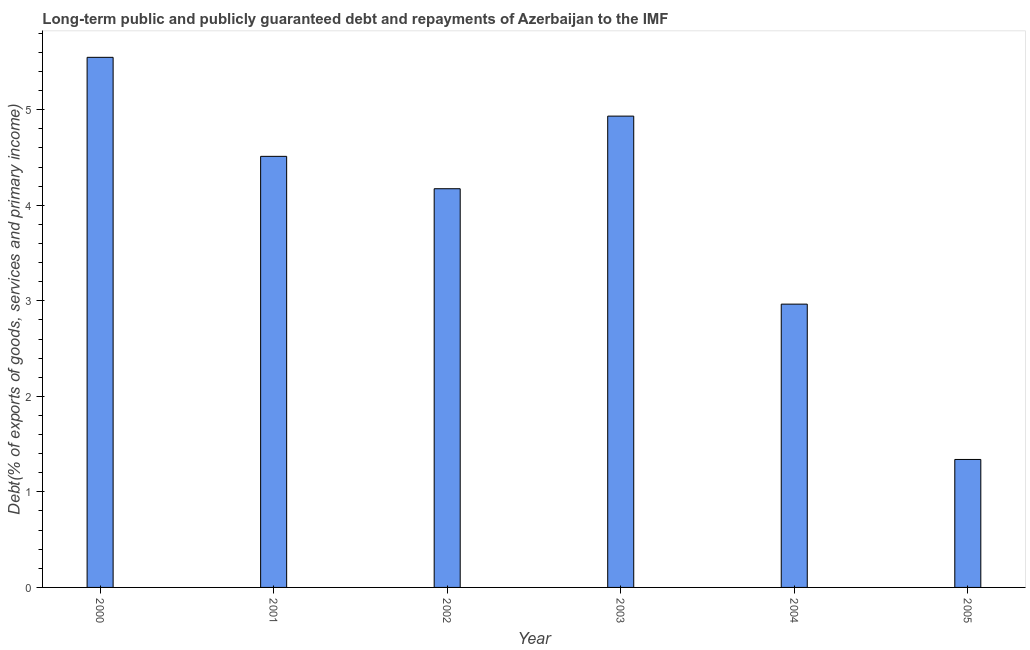
| Year | Debt service (PPG and IMF only) |
 | --- | --- |
 | 2000 | 5.55 |
 | 2001 | 4.51 |
 | 2002 | 4.17 |
 | 2003 | 4.93 |
 | 2004 | 2.97 |
 | 2005 | 1.34 |